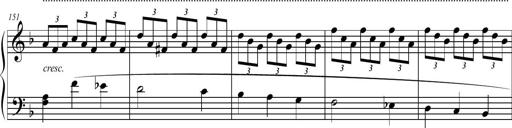
Title: 2 Sonatines faciles et brillantes pour le piano-forte seul
Composer: Carl Czerny